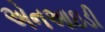
એનઆઇડી